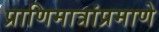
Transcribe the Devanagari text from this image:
प्राणिमात्रांप्रमाणे